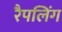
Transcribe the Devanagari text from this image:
रैपलिंग